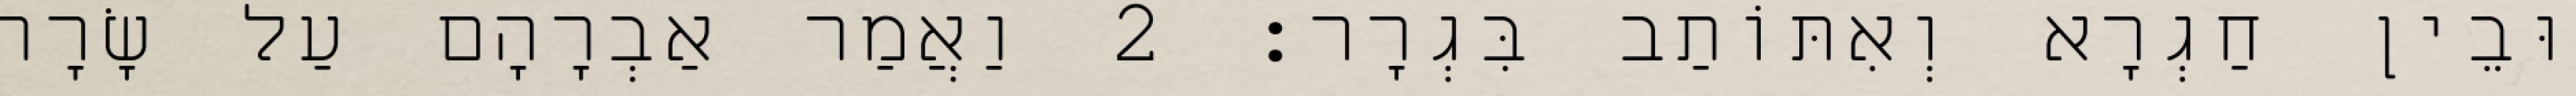
וּבֵין חַגְרָא וְאִתּוֹתַב בִּגְרָר׃ 2 וַאֲמַר אַבְרָהָם עַל שָׂרָה